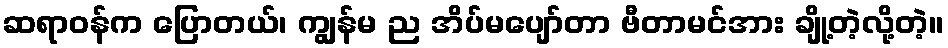
ဆရာဝန်က ပြောတယ်၊ ကျွန်မ ည အိပ်မပျော်တာ ဗီတာမင်အား ချို့တဲ့လို့တဲ့။